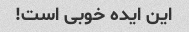
این ایده خوبی است!